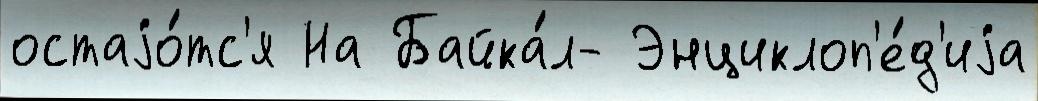
остаjо́тс'я На Байка́л- Энциклоп'е́д'иjа